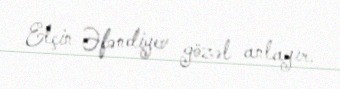
Elçin Əfəndiyev gözəl anlayır.